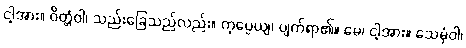
ငါ့အား။ ဝိတ္တံဝါ၊ သည်းခြေသည်လည်း။ ကုပ္ပေယျ၊ ပျက်ရာ၏။ မေ၊ ငါ့အား။ သေမှံဝါ၊